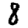
Digit: 8